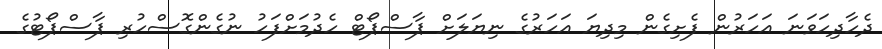
ދެހާދިހަވަނަ އަހަރުން ފެށިގެން މިދިޔަ އަހަރުގެ ނިޔަލަށް ޕާސްޕޯޓް ހެދުމަށްފަހު ނުގެންގޮސްހުރި ޕާސްޕޯޓުގެ